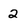
Character: 2